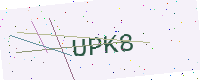
Text: UPK8